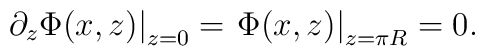
\left.\partial_z\Phi(x,z)\right|_{z=0}=\left.\Phi(x,z)\right|_{z=\pi R}=0.